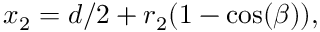
\begin{array} { r } { x _ { 2 } = d / 2 + r _ { 2 } ( 1 - \cos ( \beta ) ) , } \end{array}